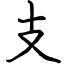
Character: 支